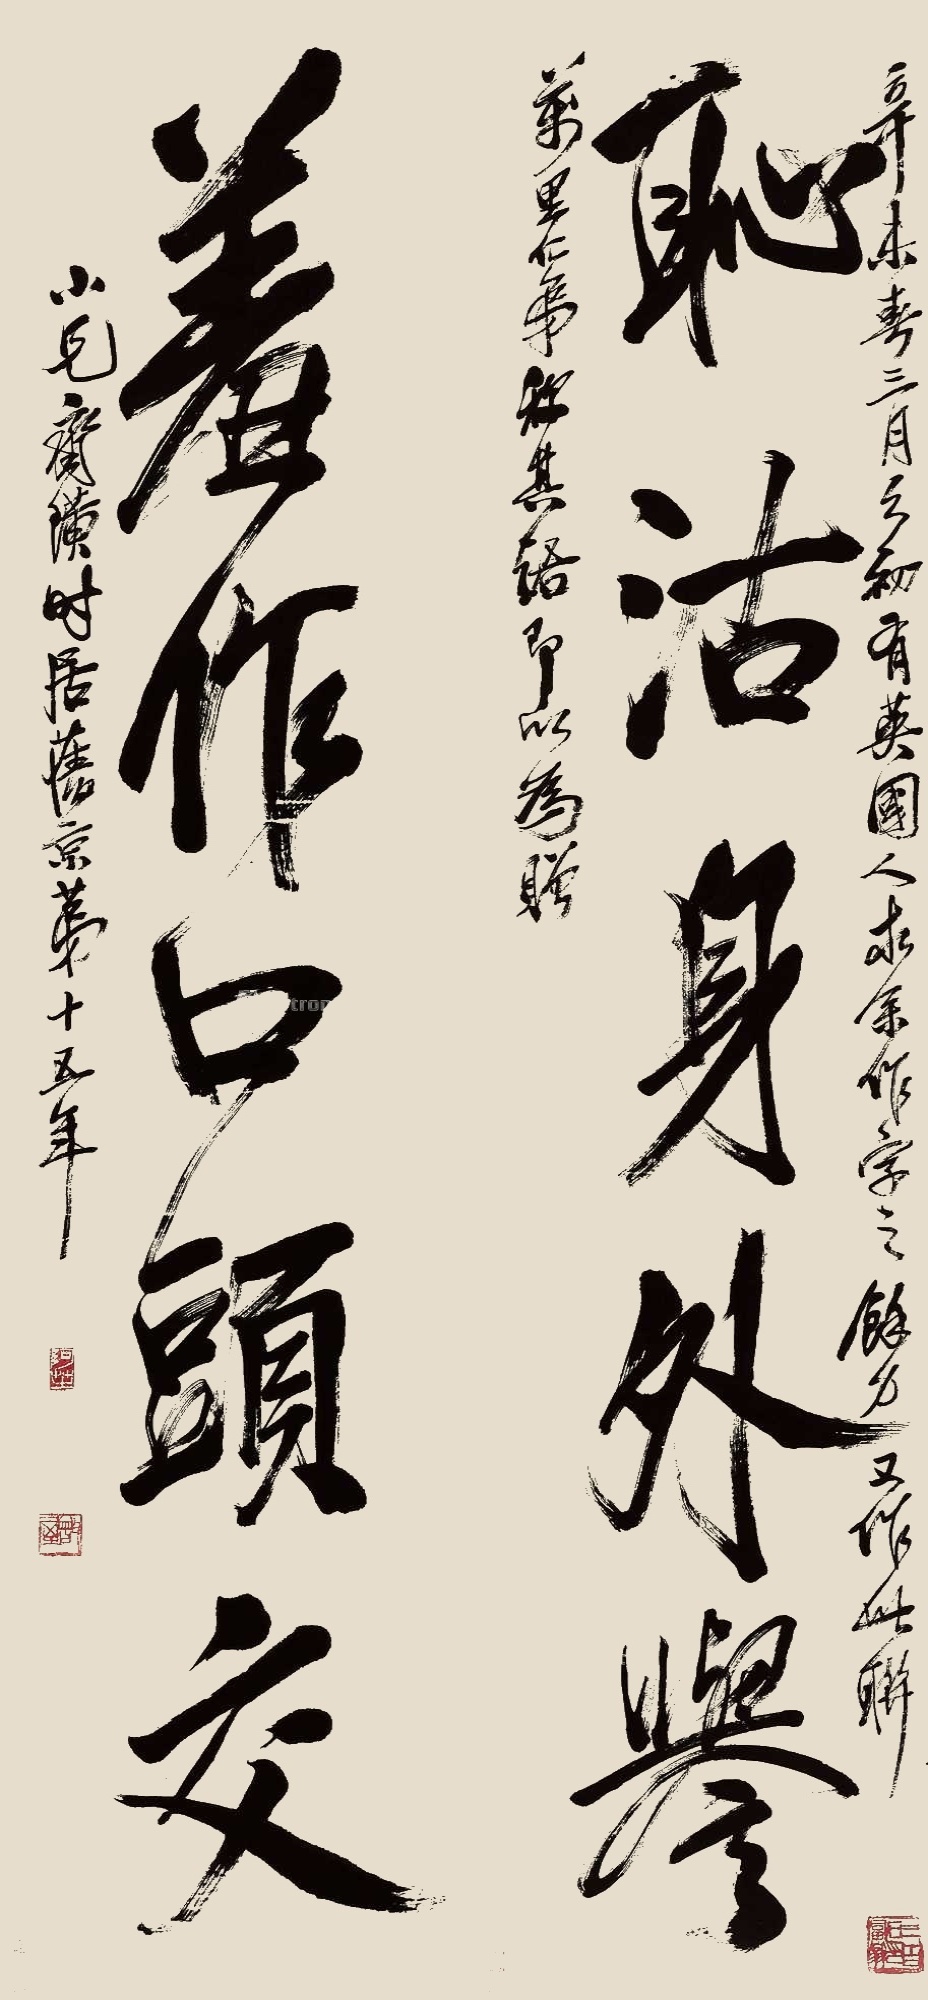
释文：耻沽身外誉，羞作口头交。辛未（1931年）春三月之初，有英国人求余作字之余力又作此联，万里仁弟称其语即以为赠。小兄齐璜时居旧京第十五年。